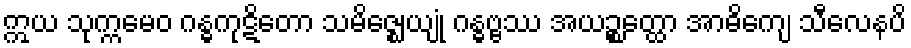
ဣယ သုက္ကမေဝ ဂန္ဓကုဋိတော သမိဇ္ဈေယျုံ ဂန္ဓဗ္ဗဿ အယဉ္စတ္ထော အာဓိကျေ သီလေနပိ